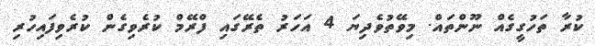
ކުރާ ތަހުގީގެއް ނޫންތައް. މިވޭތުވެދިޔަ 4 އަހަރު ތެރޭގައި ފްރޭމް ކުރެވިގެން ކުރެވިފައިހުރި